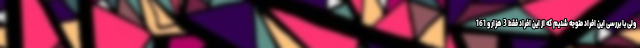
ولی با بررسی این افراد متوجه شدیم که از این افراد فقط 3 هزار و 161